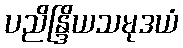
ပညိန္ဒြိယသမုဒယံ